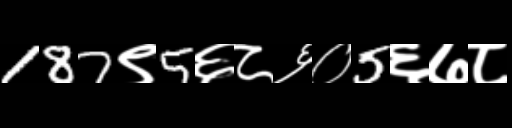
Text: 187९5६८६०5६७८